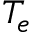
T _ { e }